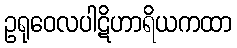
ဥရုဝေလပါဋိဟာရိယကထာ